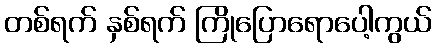
တစ်ရက် နှစ်ရက် ကြိုပြောရောပေါ့ကွယ်